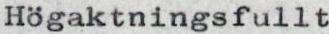
Högaktningsfullt